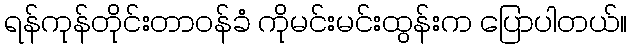
ရန်ကုန်တိုင်းတာဝန်ခံ ကိုမင်းမင်းထွန်းက ပြောပါတယ်။